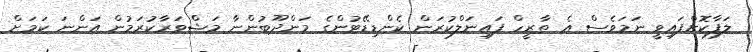
ލަފާކޮށްފައިވީ ނަމަވެސް އެ ތާރީހް ފައިނަލްކުރަން ކެންޑިޑޭޓުންގެ މަންދޫބުންނާ މަޝްވަރާކުރަމުން އަންނަ ކަމަށް